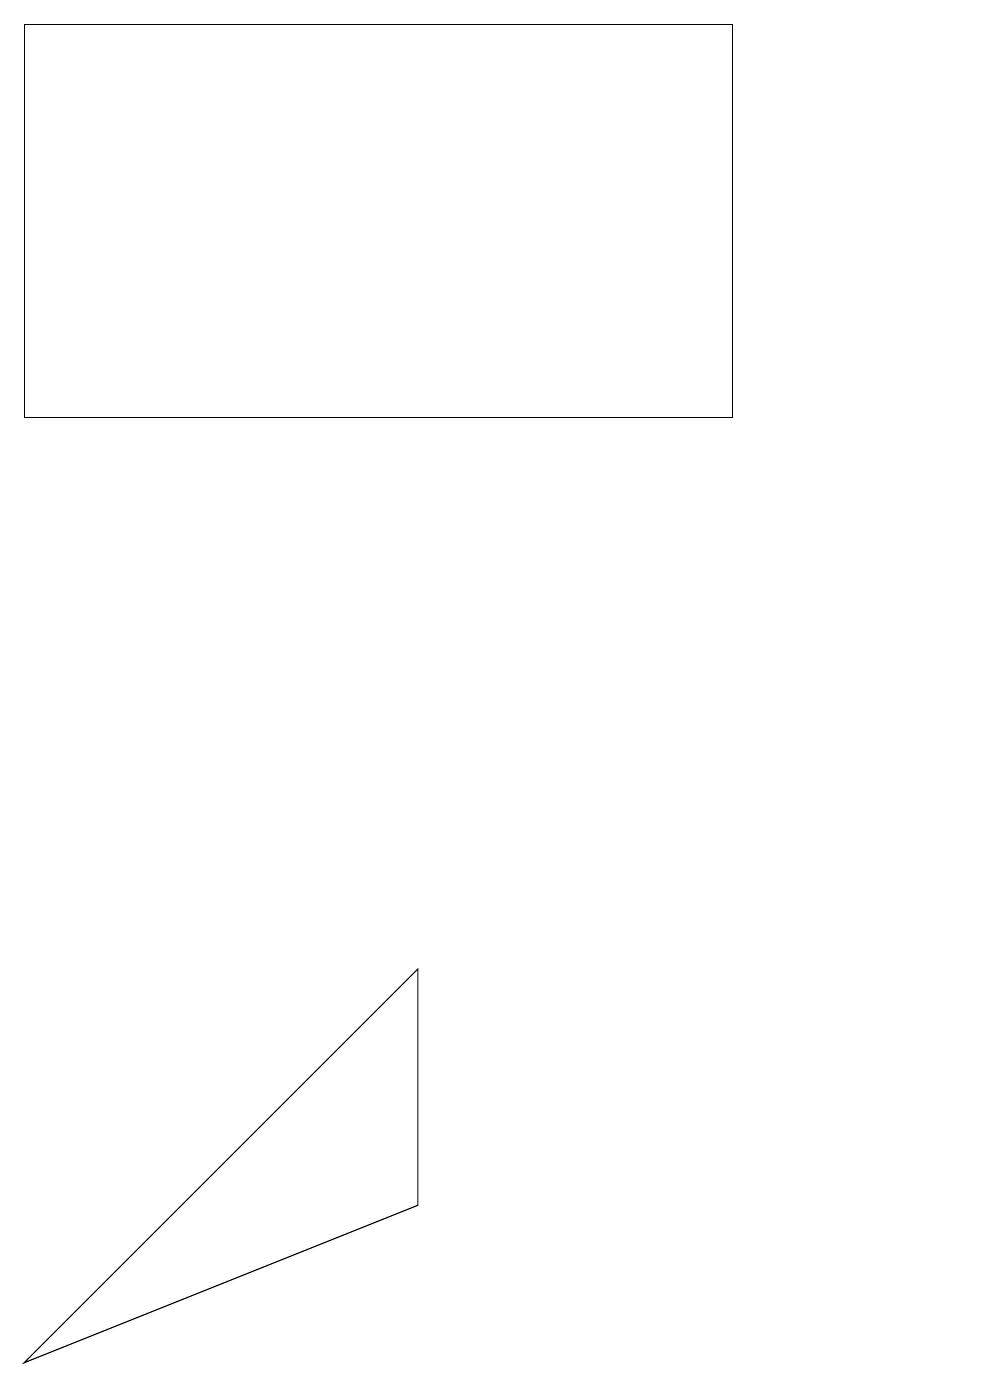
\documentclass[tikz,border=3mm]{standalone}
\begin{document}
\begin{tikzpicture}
\draw (12,10) circle (0);
\draw (0,2) -- (5,7) -- (5,4) -- cycle;
\draw (9,19) rectangle (0,14);
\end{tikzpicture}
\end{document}